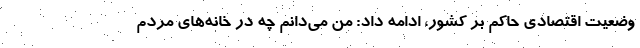
وضعیت اقتصادی حاکم بر کشور، ادامه داد: من می‌دانم چه در خانه‌های مردم